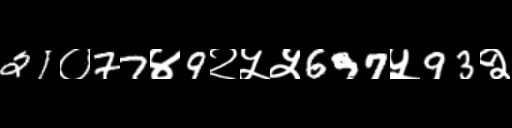
Text: 21०77४9२५५697५93२